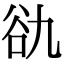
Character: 䜪